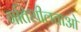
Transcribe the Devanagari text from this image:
गतिशीलताओ